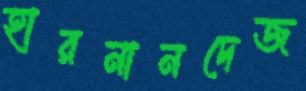
হারনানদেজ